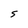
Character: 5